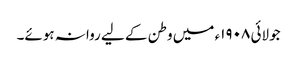
جولائی ١٩٠٨ء میں وطن کے لیے روانہ ہوئے۔